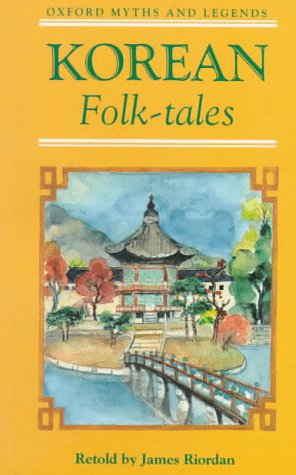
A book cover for Korean Folk Tales (Oxford Myths and Legends); Children's Books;